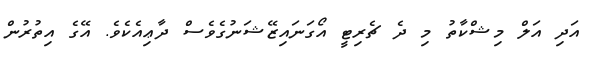
އަދި އަލް މިޝްކާތު މި ދެ ޗެރިޓީ އޯގަނައިޒޭޝަނުގެވެސް ދާޢިއެކެވެ. އޭގެ އިތުރުން